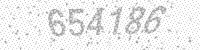
Solution: 654186